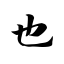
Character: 也